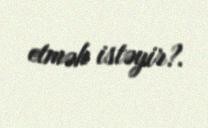
etmək istəyir?.